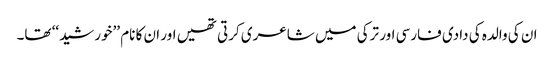
ان کی والدہ کی دادی فارسی اور ترکی میں شاعری کرتی تھیں اور ان کا نام ’’خورشید‘‘ تھا۔